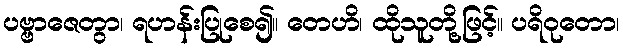
ပဗ္ဗာဇေတွာ၊ ရဟန်းပြုစေ၍။ တေဟိ၊ ထိုသူတို့ဖြင့်။ ပရိဝုတော၊